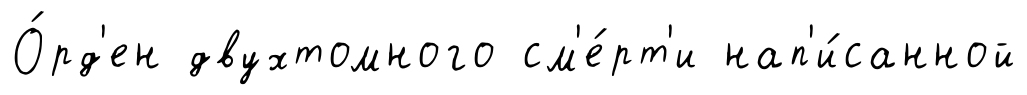
О́рд'ен двухтомного см'е́рт'и нап'и́санной